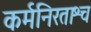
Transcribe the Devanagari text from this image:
कर्मनिरताश्च